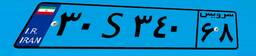
۳۰S۳۴۰۶۸